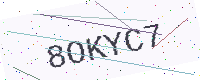
Text: 8OKYC7